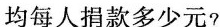
均每人捐款多少元?